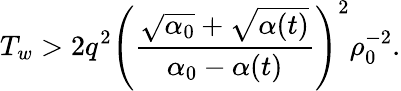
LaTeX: T_{w}>2q^{2}\left(\frac{\sqrt{\alpha_{0}}+\sqrt{\alpha(t)}}{\alpha_{0}-\alpha(t)}\right)^{2}\rho_{0}^{-2}.